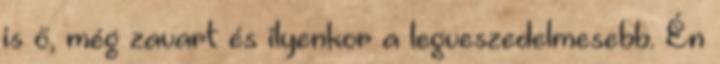
is ő, még zavart és ilyenkor a legveszedelmesebb. Én